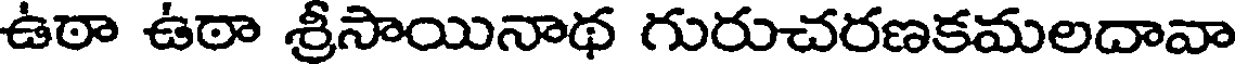
ఉఠా ఉఠా శ్రీసాయినాథ గురుచరణకమలదావా